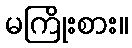
မကြိုးစား။